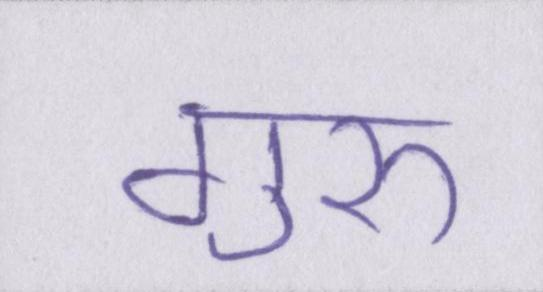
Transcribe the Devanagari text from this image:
गुरुॱ